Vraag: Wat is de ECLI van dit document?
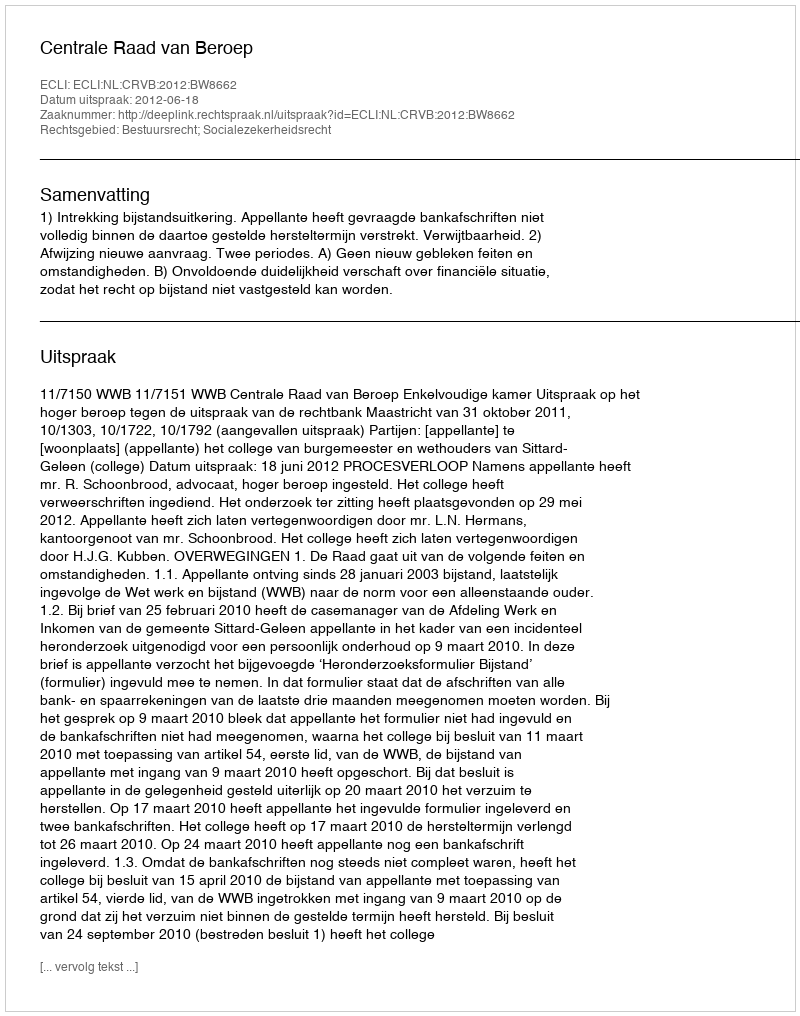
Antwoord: ECLI:NL:CRVB:2012:BW8662